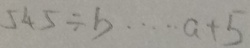
5 4 5 \div b \cdots a + 5